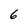
Character: 6